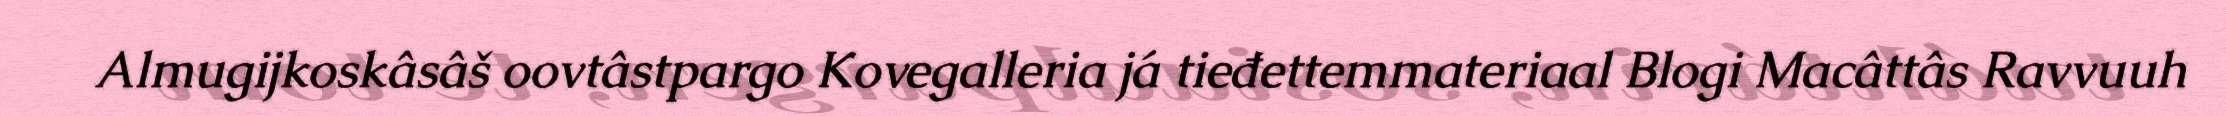
Almugijkoskâsâš oovtâstpargo Kovegalleria já tieđettemmateriaal Blogi Macâttâs Ravvuuh